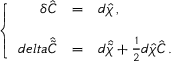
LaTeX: \left\{ \begin{array} { r c l } { { \delta \hat { C } } } & { { = } } & { { d \hat { \chi } \, , } } \\ { { } } & { { } } & { { } } \\ { { d e l t a \hat { \tilde { C } } } } & { { = } } & { { d \hat { \tilde { \chi } } + \frac { 1 } { 2 } d \hat { \chi } \hat { C } \, . } } \end{array} \right.